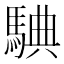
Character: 𩣲